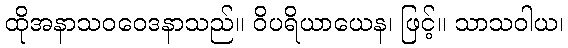
ထိုအနာသဝဝေဒနာသည်။ ဝိပရိယာယေန၊ ဖြင့်။ သာသဝါယ၊